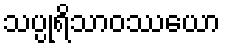
သပ္ပုရိသာဝဿယော